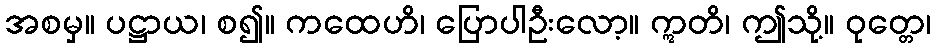
အစမှ။ ပဋ္ဌာယ၊ စ၍။ ကထေဟိ၊ ပြောပါဦးလော့။ ဣတိ၊ ဤသို့။ ဝုတ္တေ၊